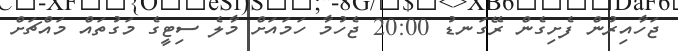
ޖަހާއިރުން ފެށިގެން ރޭގަނޑު 20:00 ޖެހުމާ ހަމައަށް މާލެ ސިޓީގެ މަގުތައް މައްޗަށް